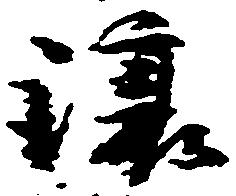
譲